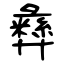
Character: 彝